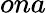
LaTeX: ona